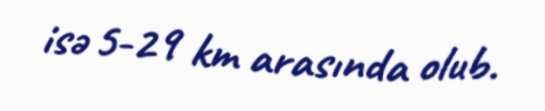
isə 5-29 km arasında olub.